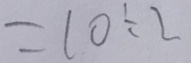
= 1 0 \div 2